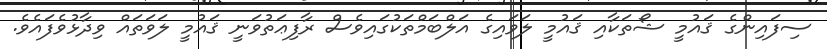
ސިފައިންގެ ޤައުމީ ޝޯތަކާއި ޤައުމީ ލަވައިގެ އަލްބަމްތަކުގައިވެސް ރާފިޢަތުވަނީ ޤައުމީ ލަވަތައް ވިދާޅުވެފައެވެ.